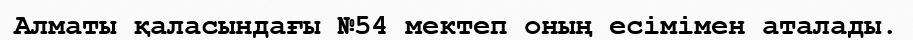
Алматы қаласындағы №54 мектеп оның есімімен аталады.